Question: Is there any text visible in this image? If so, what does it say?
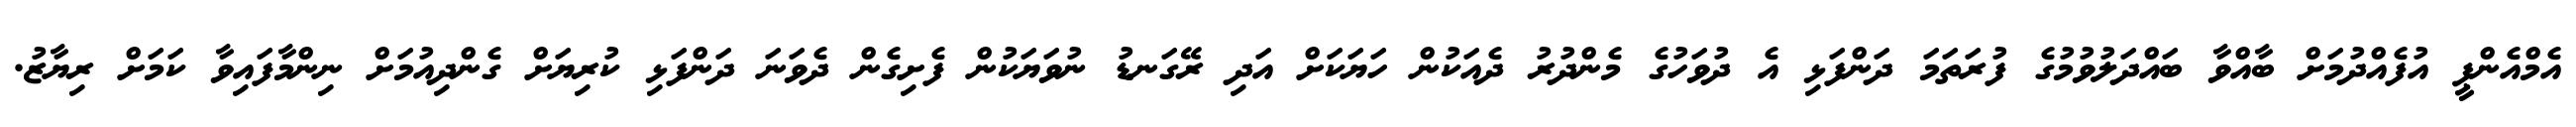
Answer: އެމްއެންޕީ އުފެއްދުމަށް ބާއްވާ ބައްދަލުވުމުގެ ފުރަތަމަ ދަންފަޅި އެ ދުވަހުގެ މެންދުރު ދެއަކުން ހަޔަކަށް އަދި ރޭގަނޑު ނުވަޔަކުން ފެށިގެން ދެވަނަ ދަންފަޅި ކުރިޔަށް ގެންދިއުމަށް ނިންމާފައިވާ ކަމަށް ރިޔާޒު.